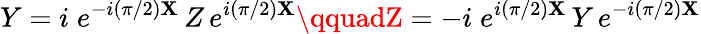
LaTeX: Y=i\; e^{-i({\pi}/{2})\mathbf{X}}\, Z\, e^{i({\pi}/{2})\mathbf{X}}\qquadZ=-i\; e^{i({\pi}/{2})\mathbf{X}}\, Y\, e^{-i({\pi}/{2})\mathbf{X}}